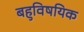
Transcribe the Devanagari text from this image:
बहुविषयिक